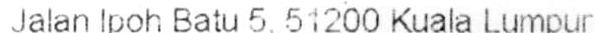
JALAN IPOH BATU 5, 51200 KUATA LUMPUR